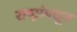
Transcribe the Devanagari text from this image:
राष्ट्रांमधून